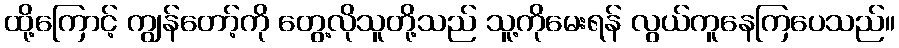
ထို့ကြောင့် ကျွန်တော့်ကို တွေ့လိုသူတို့သည် သူ့ကိုမေးရန် လွယ်ကူနေကြပေသည်။